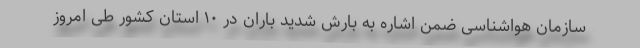
سازمان هواشناسی ضمن اشاره به بارش شدید باران در ۱۰ استان کشور طی امروز